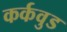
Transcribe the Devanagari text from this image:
कर्कवुड